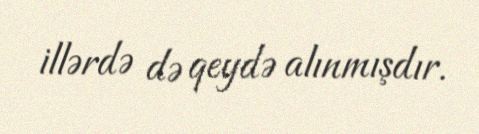
illərdə də qeydə alınmışdır.